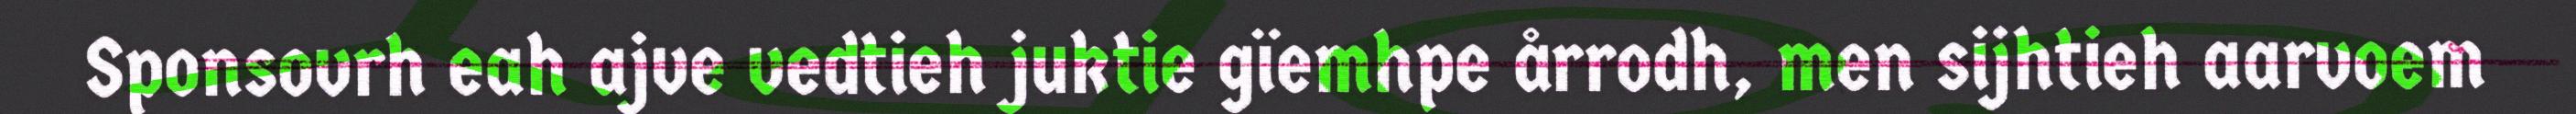
Sponsovrh eah ajve vedtieh juktie gïemhpe årrodh, men sijhtieh aarvoem